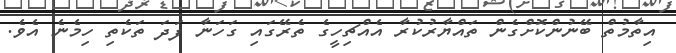
އިތާމުތް ބޭނުންކޮށްގެން ތައްޔާރުކުރާ އެއްޗިހީގެ ތެރޭގައި ގަހަނާ ފަދަ ތަކެތި ހިމެނެ އެވެ.